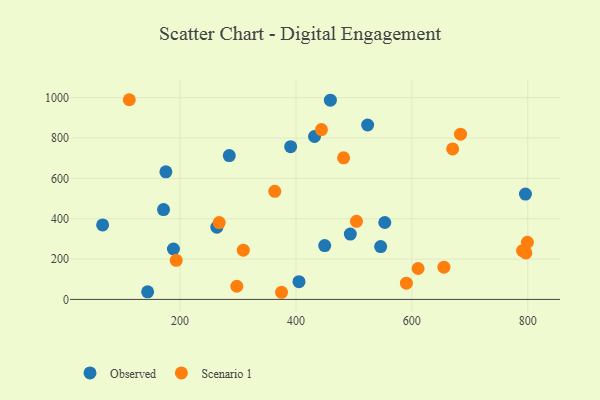
{"axis": {"x": "Distance", "y": "Sales"}, "legend": ["Observed", "Scenario 1"], "data": [{"x": "284.9", "y": 713.1, "type": "Observed"}, {"x": "405.2", "y": 88.0, "type": "Observed"}, {"x": "546.2", "y": 261.8, "type": "Observed"}, {"x": "144.0", "y": 37.7, "type": "Observed"}, {"x": "66.3", "y": 369.1, "type": "Observed"}, {"x": "171.4", "y": 445.5, "type": "Observed"}, {"x": "263.5", "y": 358.2, "type": "Observed"}, {"x": "432.0", "y": 807.7, "type": "Observed"}, {"x": "390.8", "y": 757.3, "type": "Observed"}, {"x": "188.5", "y": 250.0, "type": "Observed"}, {"x": "796.1", "y": 522.3, "type": "Observed"}, {"x": "523.7", "y": 864.7, "type": "Observed"}, {"x": "175.5", "y": 632.7, "type": "Observed"}, {"x": "459.4", "y": 987.8, "type": "Observed"}, {"x": "553.3", "y": 381.3, "type": "Observed"}, {"x": "449.6", "y": 266.9, "type": "Observed"}, {"x": "493.8", "y": 324.0, "type": "Observed"}, {"x": "504.4", "y": 387.2, "type": "Scenario 1"}, {"x": "796.8", "y": 230.5, "type": "Scenario 1"}, {"x": "193.3", "y": 194.0, "type": "Scenario 1"}, {"x": "670.4", "y": 745.9, "type": "Scenario 1"}, {"x": "375.1", "y": 35.4, "type": "Scenario 1"}, {"x": "655.4", "y": 159.7, "type": "Scenario 1"}, {"x": "791.1", "y": 241.4, "type": "Scenario 1"}, {"x": "267.5", "y": 380.9, "type": "Scenario 1"}, {"x": "363.4", "y": 536.1, "type": "Scenario 1"}, {"x": "112.3", "y": 990.0, "type": "Scenario 1"}, {"x": "610.8", "y": 153.2, "type": "Scenario 1"}, {"x": "590.6", "y": 80.4, "type": "Scenario 1"}, {"x": "684.0", "y": 819.2, "type": "Scenario 1"}, {"x": "297.9", "y": 65.3, "type": "Scenario 1"}, {"x": "444.0", "y": 841.8, "type": "Scenario 1"}, {"x": "482.2", "y": 702.1, "type": "Scenario 1"}, {"x": "309.1", "y": 243.9, "type": "Scenario 1"}, {"x": "799.4", "y": 283.5, "type": "Scenario 1"}]}